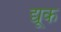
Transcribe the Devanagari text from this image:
द्यूक